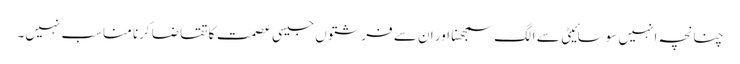
چنانچہ انہیں سوسائیٹی سے الگ سمجھنا اور ان سے فرشتوں جیسی عصمت کا تقاضا کرنا مناسب نہیں۔